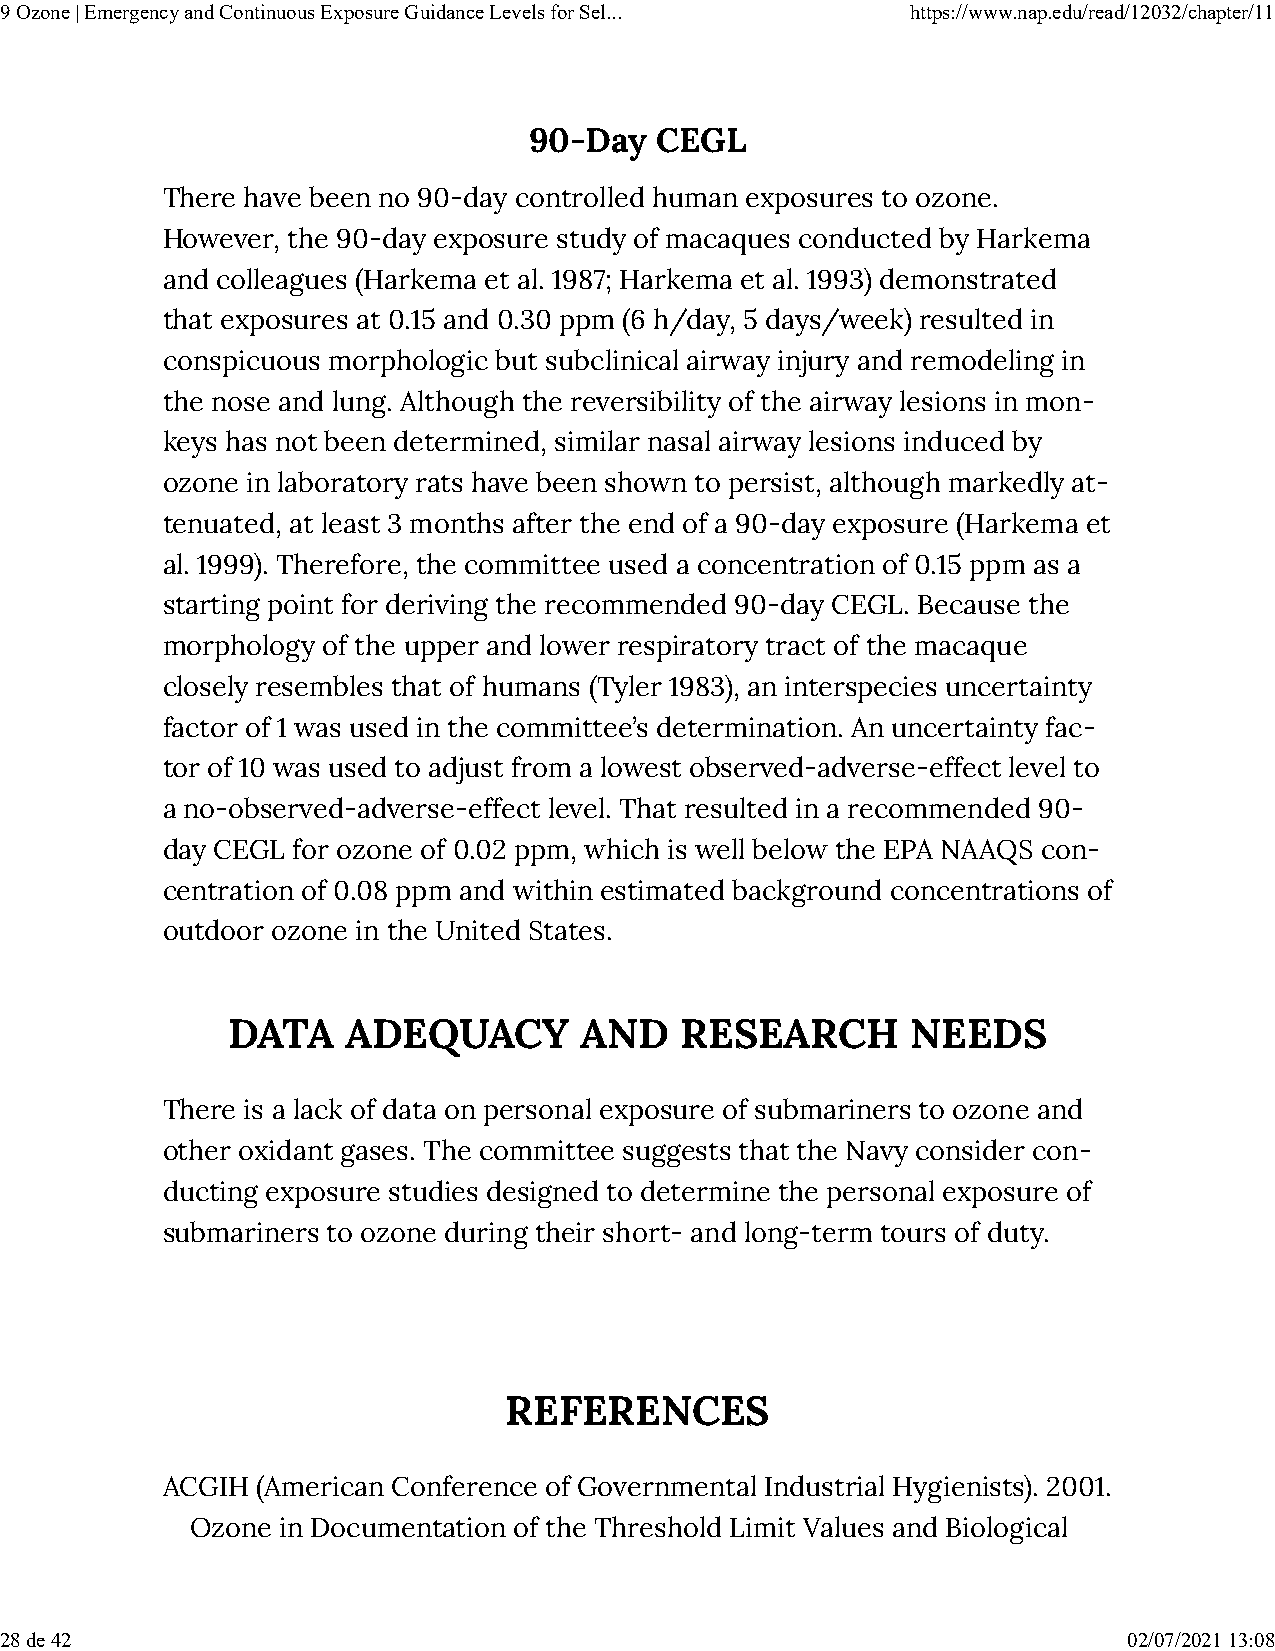
9 Ozone | Emergency and Continuous Exposure Guidance Levels for Sel... https://www.nap.edu/read/12032/chapter/11
 90-Day  CEGL
 There have been no 90-day controlled human exposures to ozone.
 However, the 90-day exposure study of macaques conducted by Harkema
 and colleagues (Harkema et al. 1987; Harkema et al. 1993) demonstrated
 that exposures at 0.15 and 0.30 ppm (6 h/day, 5 days/week) resulted in
 conspicuous morphologic but subclinical airway injury and remodeling in
 the nose and lung. Although the reversibility of the airway lesions in mon-
 keys has not been determined, similar nasal airway lesions induced by
 ozone in laboratory rats have been shown to persist, although markedly at-
 tenuated, at least 3 months after the end of a 90-day exposure (Harkema et
 al. 1999). Therefore, the committee used a concentration of 0.15 ppm as a
 starting point for deriving the recommended 90-day CEGL. Because the
 morphology of the upper and lower respiratory tract of the macaque
 closely resembles that of humans (Tyler 1983), an interspecies uncertainty
 factor of 1 was used in the committee’s determination. An uncertainty fac-
 tor of 10 was used to adjust from a lowest observed-adverse-effect level to
 a no-observed-adverse-effect level. That resulted in a recommended 90-
 day CEGL for ozone of 0.02 ppm, which is well below the EPA NAAQS con-
 centration of 0.08 ppm and within estimated background concentrations of
 outdoor ozone in the United States.
 DATA    ADEQUACY       AND    RESEARCH       NEEDS
 There is a lack of data on personal exposure of submariners to ozone and
 other oxidant gases. The committee suggests that the Navy consider con-
 ducting exposure studies designed to determine the personal exposure of
 submariners to ozone during their short- and long-term tours of duty.
 REFERENCES
 ACGIH (American Conference of Governmental Industrial Hygienists). 2001.
 Ozone in Documentation of the Threshold Limit Values and Biological
 28 de 42                                                                   02/07/2021 13:08